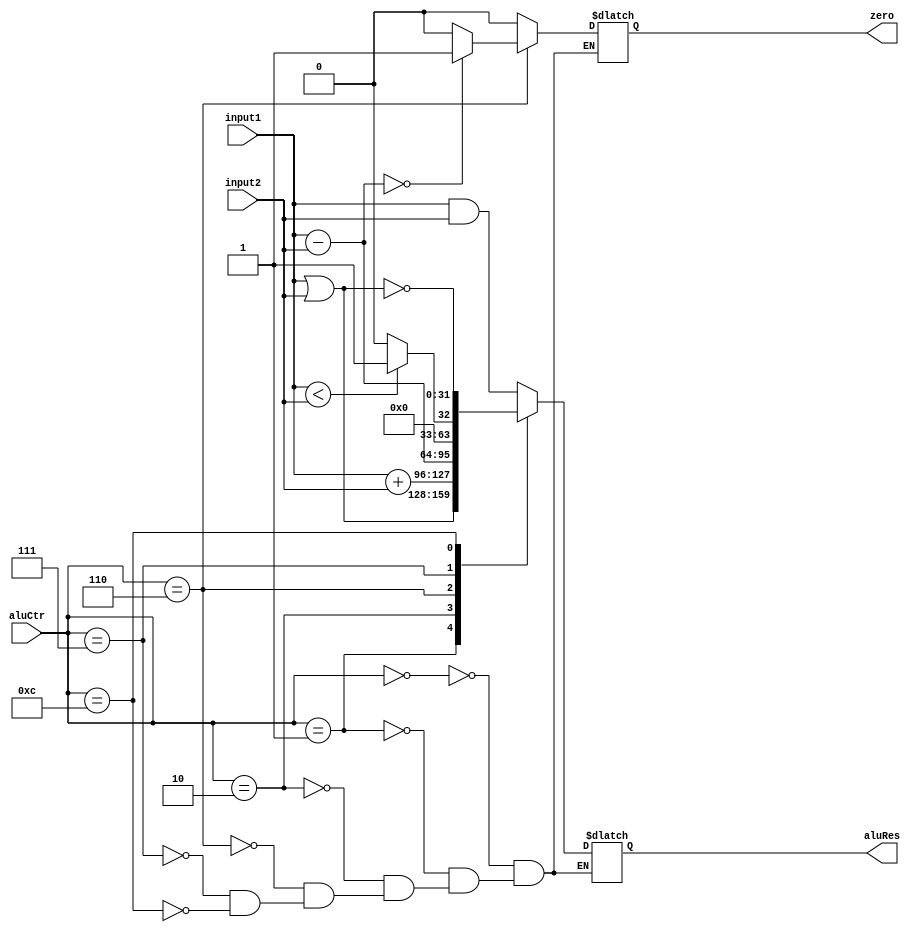
module Alu(
    input [31:0] input1,    
	 input [31:0] input2,
    input [3:0] aluCtr,
    output reg zero,
    output reg [31:0] aluRes
    );
	 always @(input1 or input2 or aluCtr)
	 begin
	 case(aluCtr)
	   'b0000:	begin                     //AND		
		aluRes = input1 & input2;
		zero = 0;
		end
		'b0001:  begin                     //OR		
		aluRes = input1 | input2;
		zero = 0;
		end
		'b0010:  begin                     //add		
		aluRes = input1 + input2;
		zero = 0;
		end
		'b0110:  begin                     //sub  		
			aluRes = input1 - input2;
			if(aluRes == 0)	zero = 1;				
			else zero = 0;
		end
		'b0111:  begin		//set on less than		
			zero = 0;
			if(input1<input2)  aluRes = 1;
			else aluRes = 0;
		end
		'b1100:  begin               		  //NOR		
			aluRes = ~(input1 | input2);
			zero = 0;
		end
	endcase
	end
endmodule